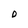
Character: D